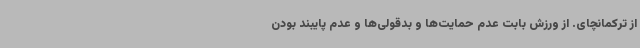
از ترکمانچای. از ورزش بابت عدم حمایت‌ها و بدقولی‌ها و عدم پایبند بودن